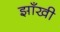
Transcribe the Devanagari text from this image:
झाँखी